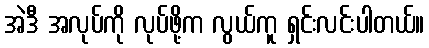
အဲဒီ အလုပ်ကို လုပ်ဖို့က လွယ်ကူ ရှင်းလင်းပါတယ်။